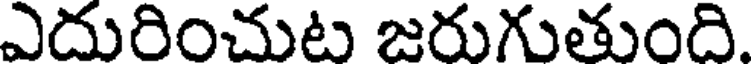
ఎదురించుట జరుగుతుంది.